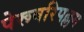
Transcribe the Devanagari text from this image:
पेरूवरिपल्लम